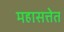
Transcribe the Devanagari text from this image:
महासत्तेत